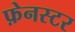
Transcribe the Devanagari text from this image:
फ़ेनस्टर